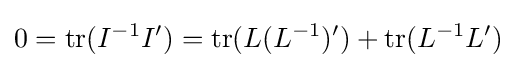
0=\mathrm {tr} (I^{-1}I')=\mathrm {tr} (L(L^{-1})')+\mathrm {tr} (L^{-1}L')